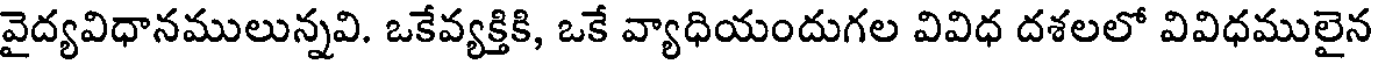
వైద్యవిధానములున్నవి. ఒకేవ్యక్తికి, ఒకే వ్యాధియందుగల వివిధ దశలలో వివిధములైన